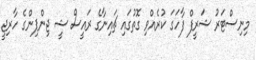
މިނިސްޓަރު ޝަރީފް ފާހަގަ ކުރެއްވި ގޮތުގައި ޗައިނާގެ ރައީސް ޝީ ޖިންޕިންގެ ހާރިޖީ